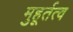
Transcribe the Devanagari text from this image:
मुहूर्तत्व